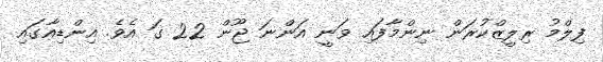
ފިލްމު ރިލީޒްކުރަން ނިންމާފައި ވަނީ އަންނަ ޖޫން 22 ގަ އެވެ. އިންޑިއާގައި